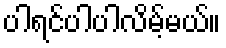
ပါရင်ပါပါလိမ့်မယ်။